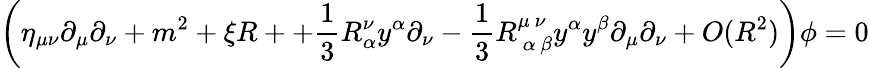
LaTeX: \left(\eta_{\mu\nu}\partial_{\mu}\partial_{\nu}+m^{2}+\xi R++{\frac{1}{3}}R_{\alpha}^{\nu}y^{\alpha}\partial_{\nu}-{\frac{1}{3}}R_{\ \alpha\ \beta}^{\mu\ \nu}y^{\alpha}y^{\beta}\partial_{\mu}\partial_{\nu}+O(R^{2})\right)\phi=0